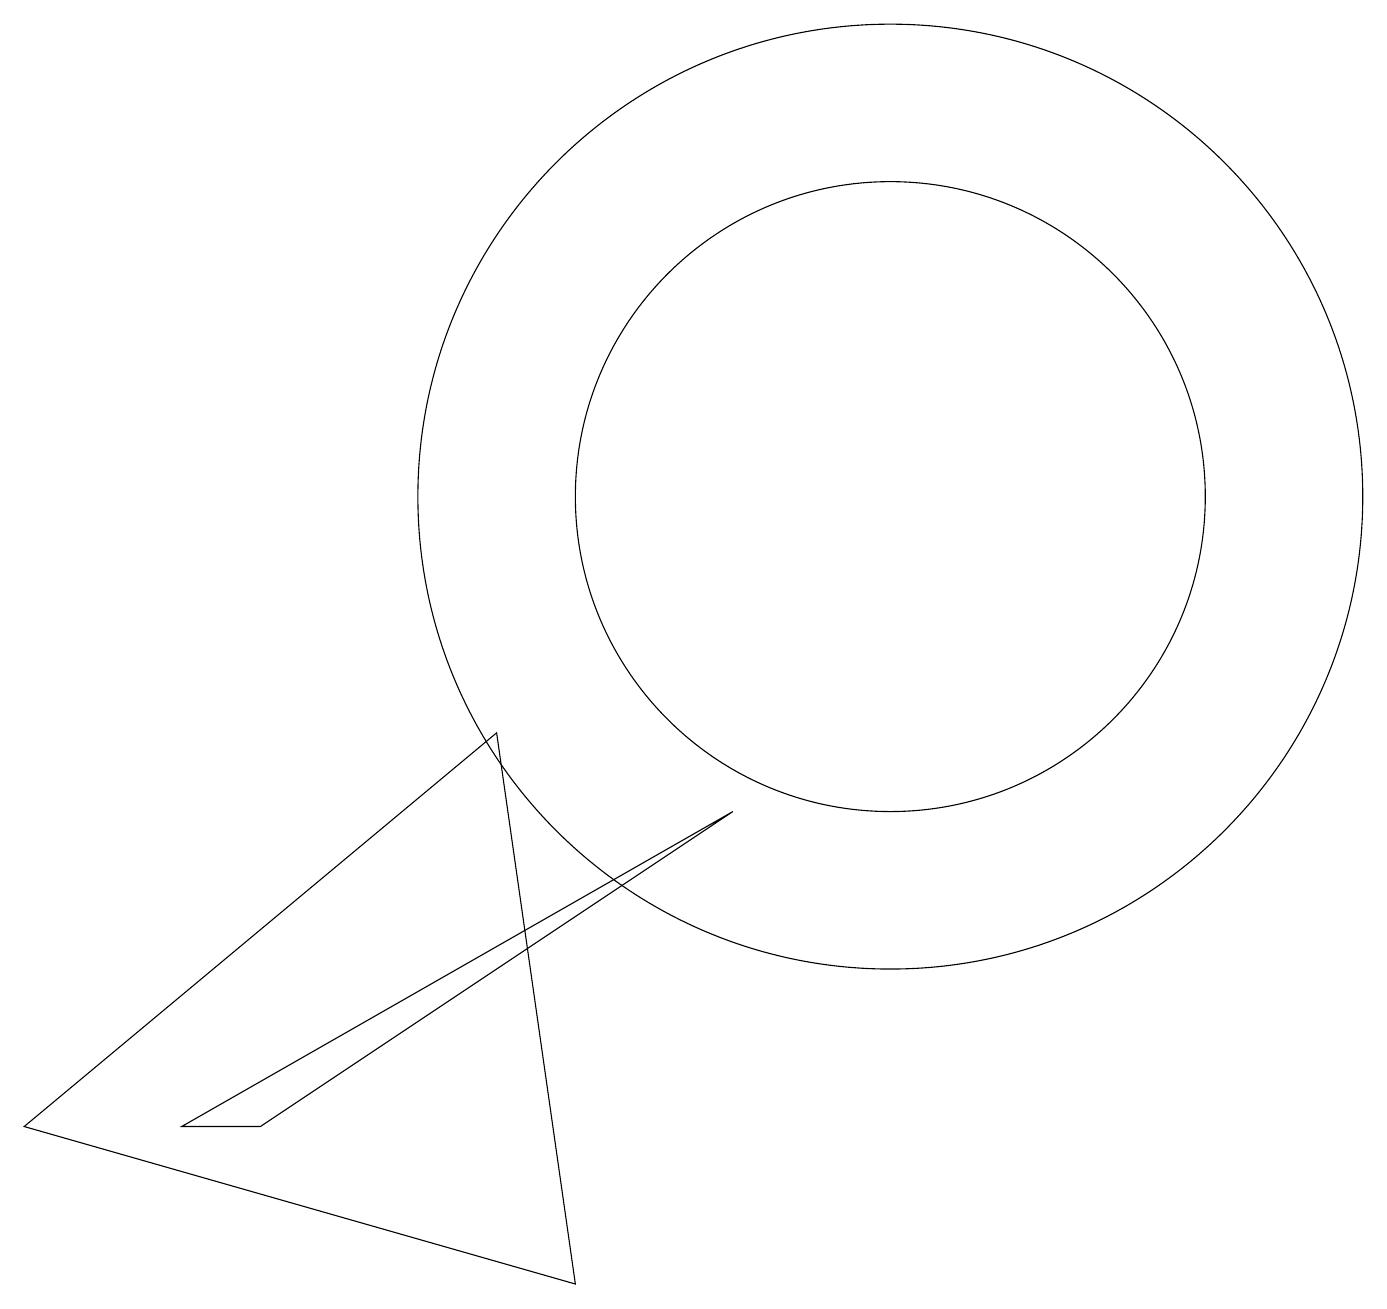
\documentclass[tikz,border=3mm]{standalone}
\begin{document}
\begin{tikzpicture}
\draw (2,2) -- (3,2) -- (9,6) -- cycle;
\draw (0,2) -- (6,7) -- (7,0) -- cycle;
\draw (11,10) circle (6);
\draw (11,10) circle (4);
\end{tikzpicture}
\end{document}